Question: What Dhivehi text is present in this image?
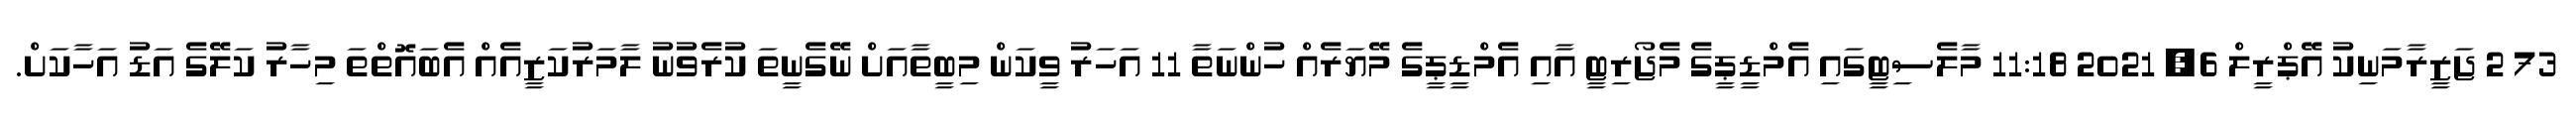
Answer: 73 2 ޖަޒީރާމަނިކު އޭޕްރީލް 6, 2021 11:18 މާލެސިޓީގައި އެމްޑީޕީގެ މެޖޯރިޓީ އާއި އެމްޑީޕީގެ މޭޔަރެއް ހުންނަތާ 11 އަހަރު ވީކަން މިބީތާއަށް ނޭގެނީތަ ކުރެވުނު ލާމަރުކަޒީއެއް އެބައޮތްތަ މިހާރު ކަލޭގެ އަޑު އަހާކަށް.